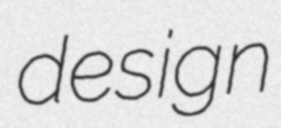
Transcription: design